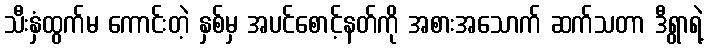
သီးနှံထွက်မ ကောင်းတဲ့ နှစ်မှ အပင်စောင့်နတ်ကို အစားအသောက် ဆက်သတာ ဒီရွာရဲ့